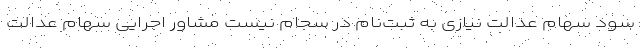
سود سهام عدالت نیازی به ثبت‌نام در سجام نیست مشاور اجرایی سهام عدالت